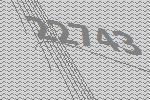
22743